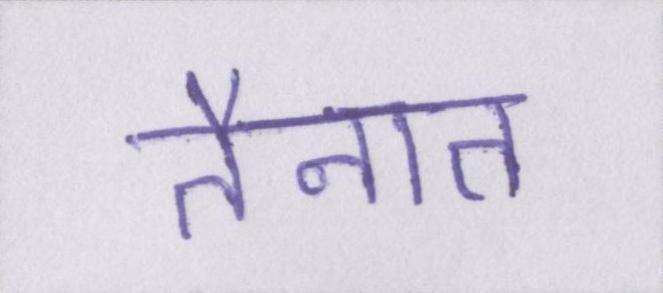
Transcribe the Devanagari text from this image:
तैनात